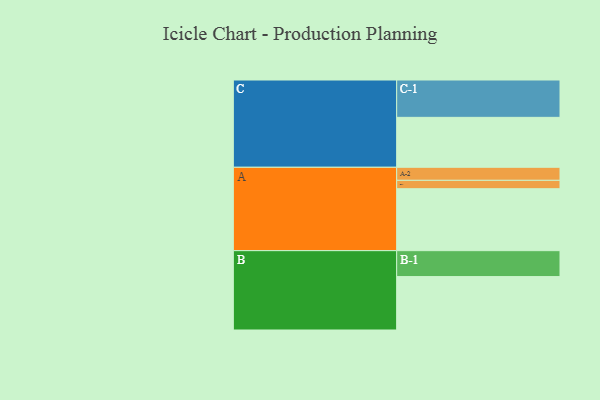
{"axis": {"x": "Segment", "y": "Value"}, "legend": ["", "A", "B", "C"], "data": [{"x": "A", "y": 428, "type": ""}, {"x": "B", "y": 369, "type": ""}, {"x": "C", "y": 345, "type": ""}, {"x": "A-1", "y": 58, "type": "A"}, {"x": "A-2", "y": 90, "type": "A"}, {"x": "B-1", "y": 179, "type": "B"}, {"x": "C-1", "y": 258, "type": "C"}]}